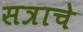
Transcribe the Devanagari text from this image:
सत्राचे